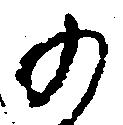
の